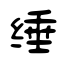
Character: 缍